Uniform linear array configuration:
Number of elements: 4
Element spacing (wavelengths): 1
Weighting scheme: hann
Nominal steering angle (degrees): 0
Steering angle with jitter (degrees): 1.188
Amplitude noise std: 0.05
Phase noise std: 0.05

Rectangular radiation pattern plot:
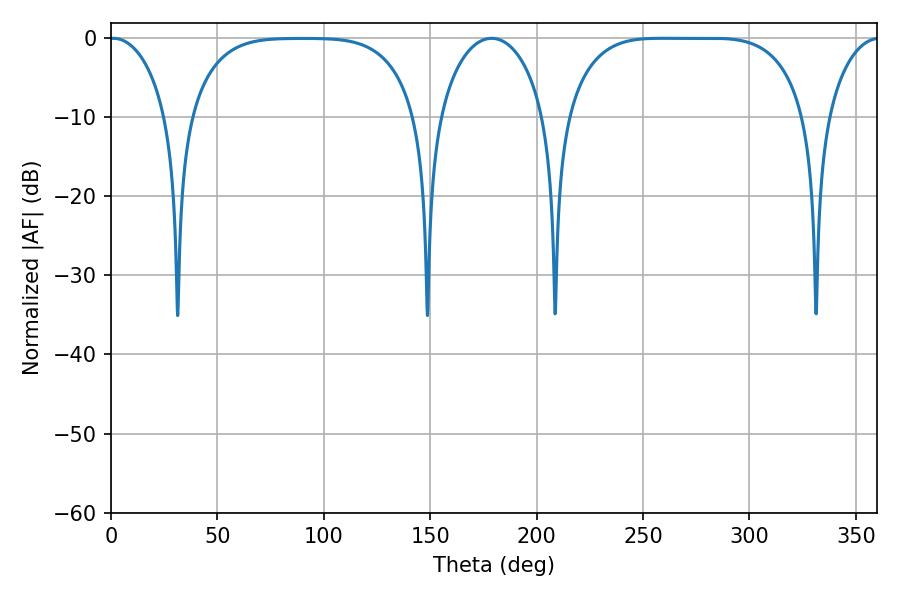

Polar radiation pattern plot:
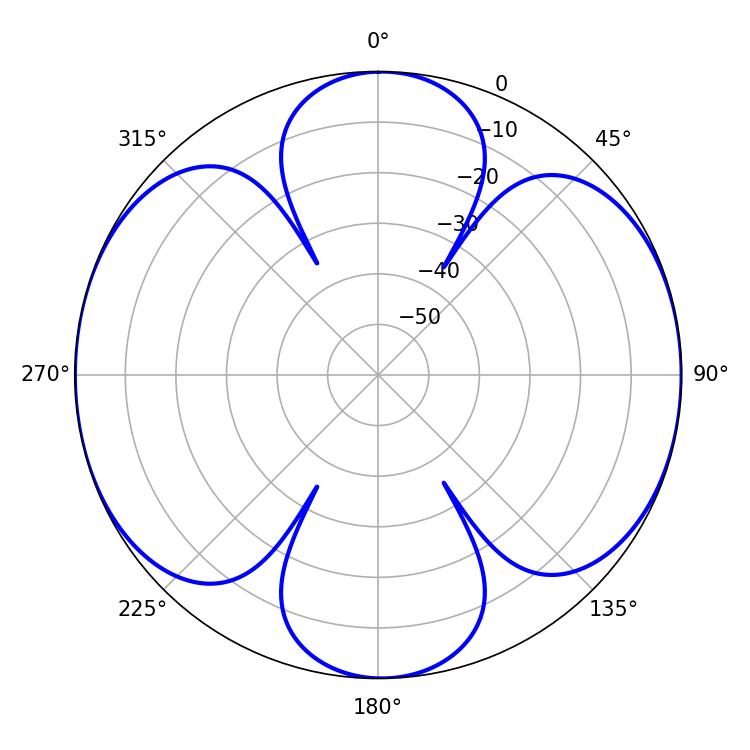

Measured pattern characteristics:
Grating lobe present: TRUE
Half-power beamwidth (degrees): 86.04
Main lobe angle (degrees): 258.66